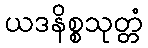
ယဒနိစ္စသုတ္တံ